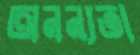
অনন্যতা